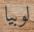
لوبيا